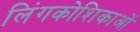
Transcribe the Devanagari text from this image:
लिंगकोशिकाओं